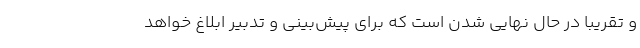
و تقریبا در حال نهایی شدن است که برای پیش‌بینی و تدبیر ابلاغ خواهد